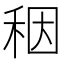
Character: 秵